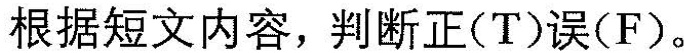
根据短文内容,判断正(T)误(F).